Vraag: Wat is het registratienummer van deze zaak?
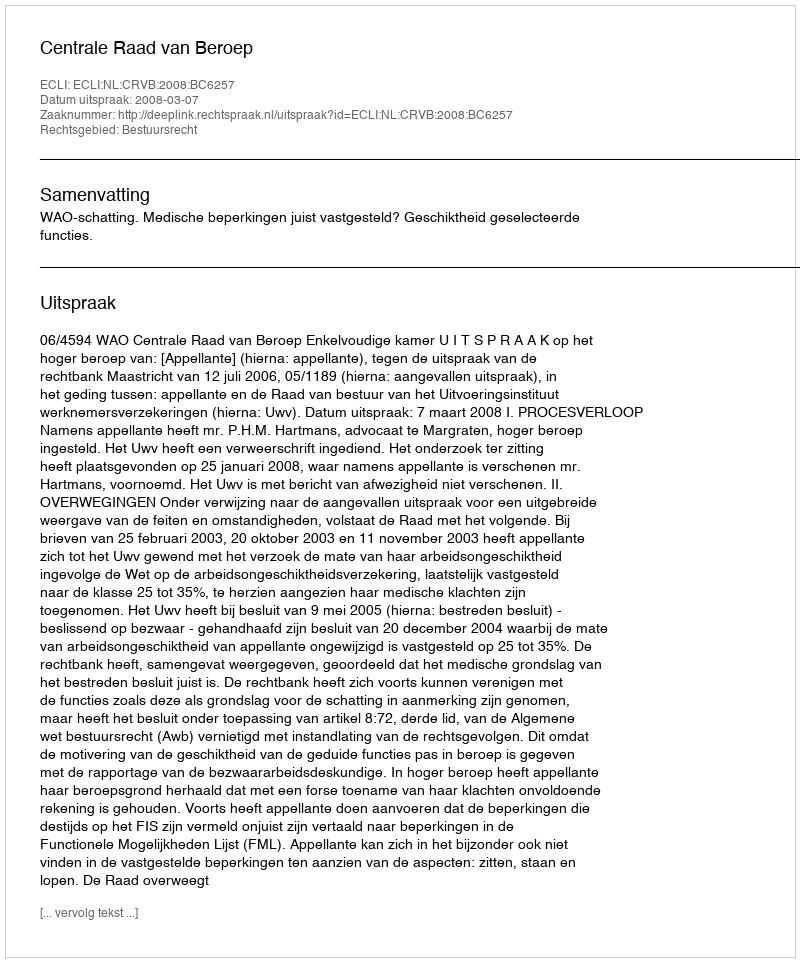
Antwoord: http://deeplink.rechtspraak.nl/uitspraak?id=ECLI:NL:CRVB:2008:BC6257